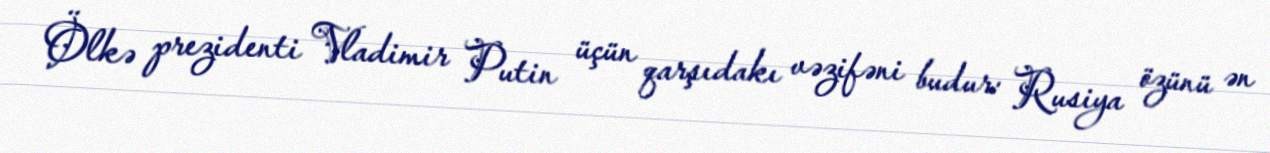
Ölkə prezidenti Vladimir Putin üçün qarşıdakı vəzifəni budur: Rusiya özünü ən